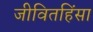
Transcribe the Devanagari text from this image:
जीवितहिंसा